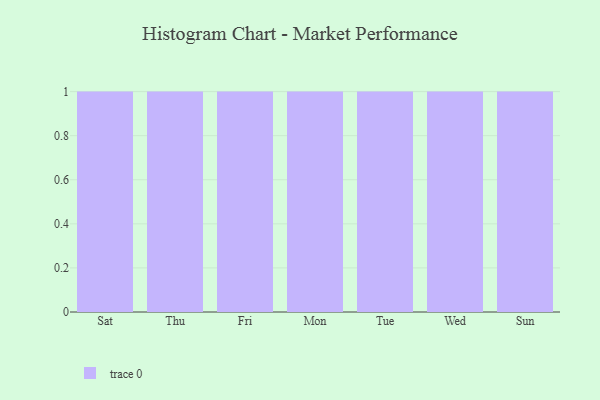
{"axis": {"x": "Day", "y": "Satisfaction Score"}, "legend": [""], "data": [{"x": "Sat", "y": 13, "type": ""}, {"x": "Thu", "y": 1, "type": ""}, {"x": "Fri", "y": 43, "type": ""}, {"x": "Mon", "y": 38, "type": ""}, {"x": "Tue", "y": 22, "type": ""}, {"x": "Wed", "y": 69, "type": ""}, {"x": "Sun", "y": 55, "type": ""}]}